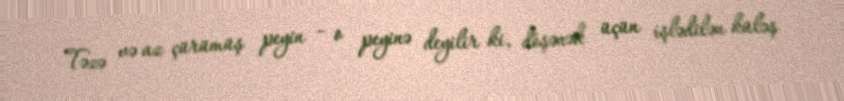
Təzə və az çürümüş peyin – o peyinə deyilir ki, döşənək üçün işlədilən küləş